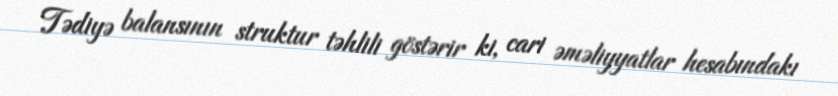
Tədiyə balansının struktur təhlili göstərir ki, cari əməliyyatlar hesabındakı